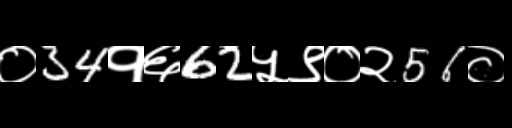
Text: ०34१६62५९०२56०